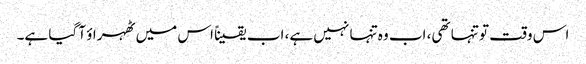
اس وقت تو تنہا تھی، اب وہ تنہا نہیں ہے، اب یقیناً اس میں ٹھہراؤ آ گیا ہے۔